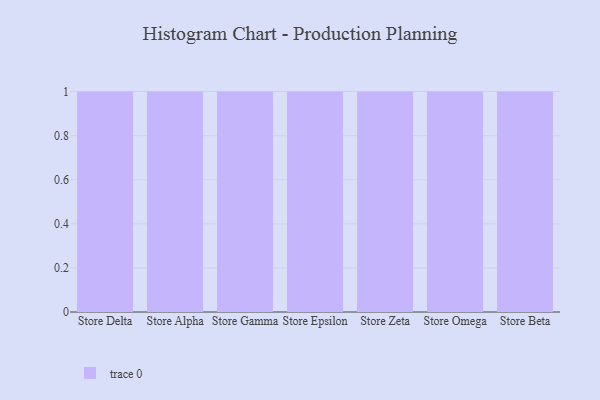
{"axis": {"x": "Store", "y": "Tickets Resolved"}, "legend": [""], "data": [{"x": "Store Delta", "y": 47, "type": ""}, {"x": "Store Alpha", "y": 67, "type": ""}, {"x": "Store Gamma", "y": 99, "type": ""}, {"x": "Store Epsilon", "y": 3, "type": ""}, {"x": "Store Zeta", "y": 30, "type": ""}, {"x": "Store Omega", "y": 4, "type": ""}, {"x": "Store Beta", "y": 61, "type": ""}]}